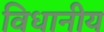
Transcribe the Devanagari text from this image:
विधानीय